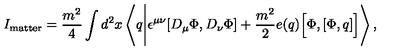
I _ { \mathrm { m a t t e r } } = \frac { m ^ { 2 } } { 4 } \int d ^ { 2 } x \left\langle q \Biggl | \epsilon ^ { \mu \nu } [ D _ { \mu } \Phi , D _ { \nu } \Phi ] + \frac { m ^ { 2 } } { 2 } e ( q ) \Bigl [ \Phi , [ \Phi , q ] \Bigr ] \right\rangle ,